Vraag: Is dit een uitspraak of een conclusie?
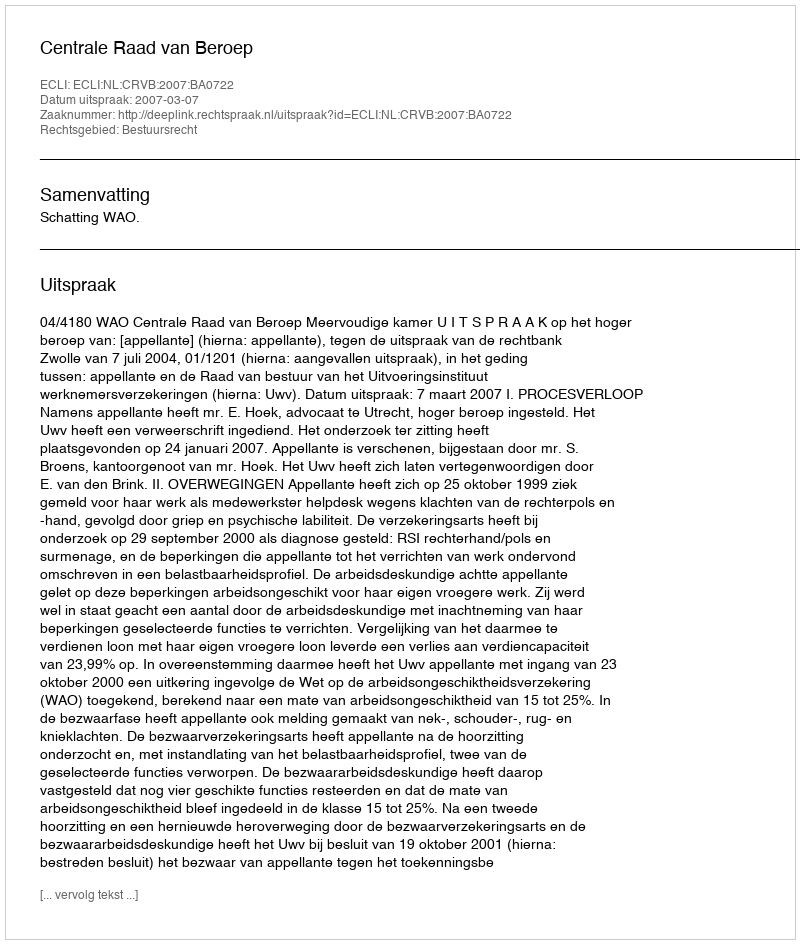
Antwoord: Uitspraak